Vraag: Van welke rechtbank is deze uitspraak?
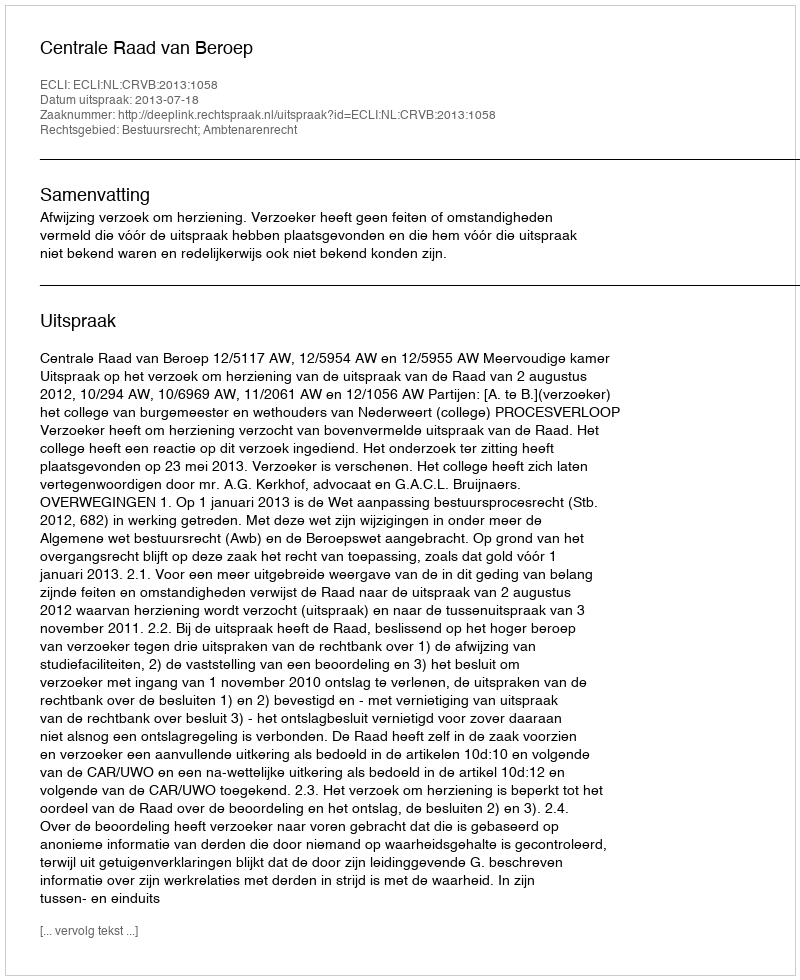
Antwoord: Centrale Raad van Beroep